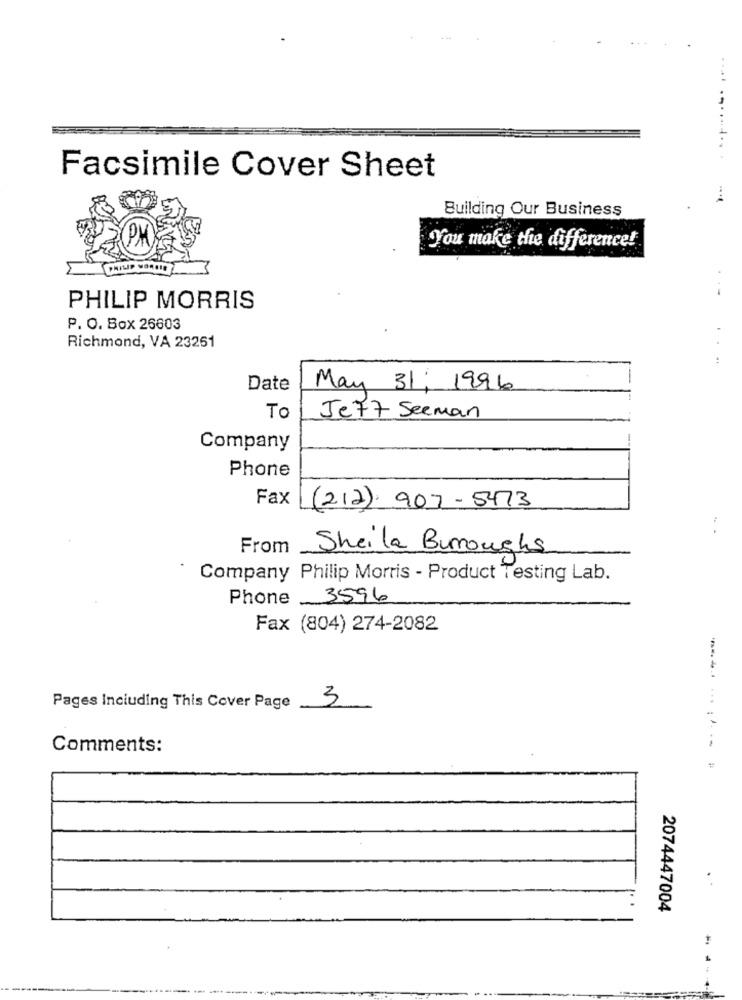
Facsimile Cover Sheet
Building Our Business
PM
You make the difference!
PHILIP MORRIS
P. O. Box 26603
Richmond, VA 23261
Date
May 31; 1996
To
Je77 Seeman
Company
Phone
Fax
(212) 907-5473
.. .
From
Sheila Burroughs
Company Philip Morris - Product Testing Lab.
Phone 3596
Fax (804) 274-2082
3
Pages Including This Cover Page
Comments:
2074447004